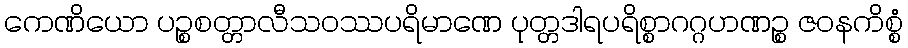
ကေဏိယော ပဉ္စစတ္တာလီသဝဿပရိမာဏေ ပုတ္တဒါရပရိစ္စာဂဂ္ဂဟဏဉ္စ ဇဝနကိစ္စံ